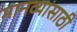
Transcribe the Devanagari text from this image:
मानव्यासाठी